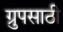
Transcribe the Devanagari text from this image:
ग्रुपसाठी